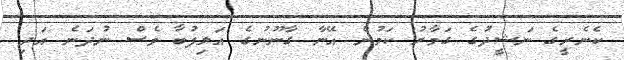
ކެނެރީގެ ނަޝީދުގެ ގަމާރު ކަމުން އޭނާ ގާނޫނުގެ އަލިފުބާ ވެސް ނުދަނެ އަދި